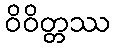
ဝိဝိတ္တဿ